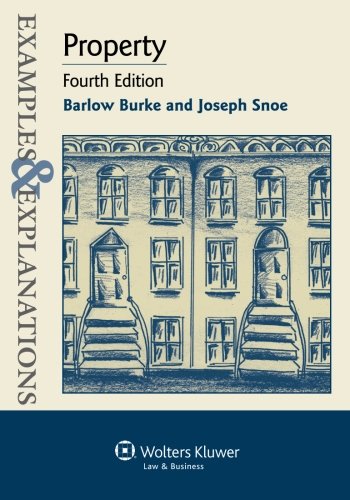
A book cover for Examples & Explanations: Property, Fourth Edition; Joseph Snoe; Law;